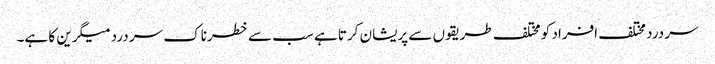
سر درد مختلف افراد کو مختلف طریقوں سے پریشان کرتا ہے سب سے خطرناک سر درد میگرین کا ہے۔